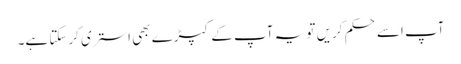
آپ اسے حکم کریں تو یہ آپ کے کپڑے بھی استری کرسکتا ہے۔